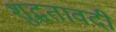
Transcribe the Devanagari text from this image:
शुद्धतावदी